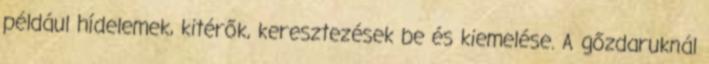
például hídelemek, kitérők, keresztezések be és kiemelése. A gőzdaruknál